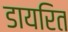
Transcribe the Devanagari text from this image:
डायरित